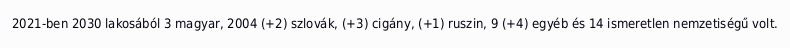
2021-ben 2030 lakosából 3 magyar, 2004 (+2) szlovák, (+3) cigány, (+1) ruszin, 9 (+4) egyéb és 14 ismeretlen nemzetiségű volt.